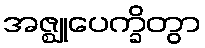
အဇ္ဈုပေက္ခိတွာ